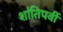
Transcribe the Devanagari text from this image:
शांतिपर्वी